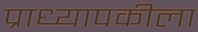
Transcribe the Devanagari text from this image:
प्राध्यापकीला